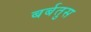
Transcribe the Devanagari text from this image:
बर्बतुस